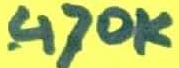
Text: 470k